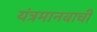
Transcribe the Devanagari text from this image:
यंत्रमानवाची